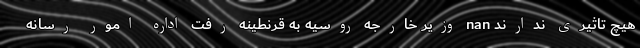
هیچ تاثیری ندارند nan وزیر خارجه روسیه به قرنطینه رفت اداره امور رسانه